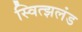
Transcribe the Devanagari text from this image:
स्वित्झलंड